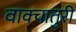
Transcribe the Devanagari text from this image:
वाक्चातुरी